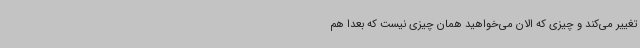
تغییر می‌کند و چیزی که الان می‌خواهید همان چیزی نیست که بعداً هم